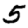
Digit: 5